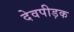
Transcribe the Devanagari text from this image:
देवपीड़क